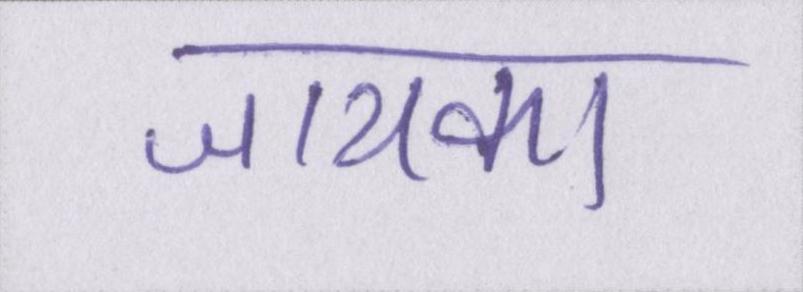
जायका